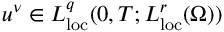
u ^ { \nu } \in L _ { \mathrm { l o c } } ^ { q } ( 0 , T ; L _ { \mathrm { l o c } } ^ { r } ( \Omega ) )